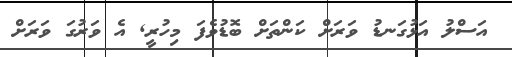
އަސްލު އަޅުގަނޑު ވަރަށް ކަންތަށް ބޮޑުވެފަ މިހުރީ